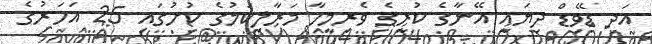
އަދި ޑޭވިޑް ދިޔައީ އޭނާގެ ކުރީގެ ވެރިމީހާ މަރާލިކަމުގެ ކުށުގައި 25 އަހަރުގެ